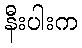
နီးပါးက